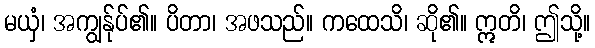
မယှံ၊ အကျွန်ုပ်၏။ ပိတာ၊ အဖသည်။ ကထေသိ၊ ဆို၏။ ဣတိ၊ ဤသို့။